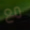
مع